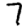
Digit: 7